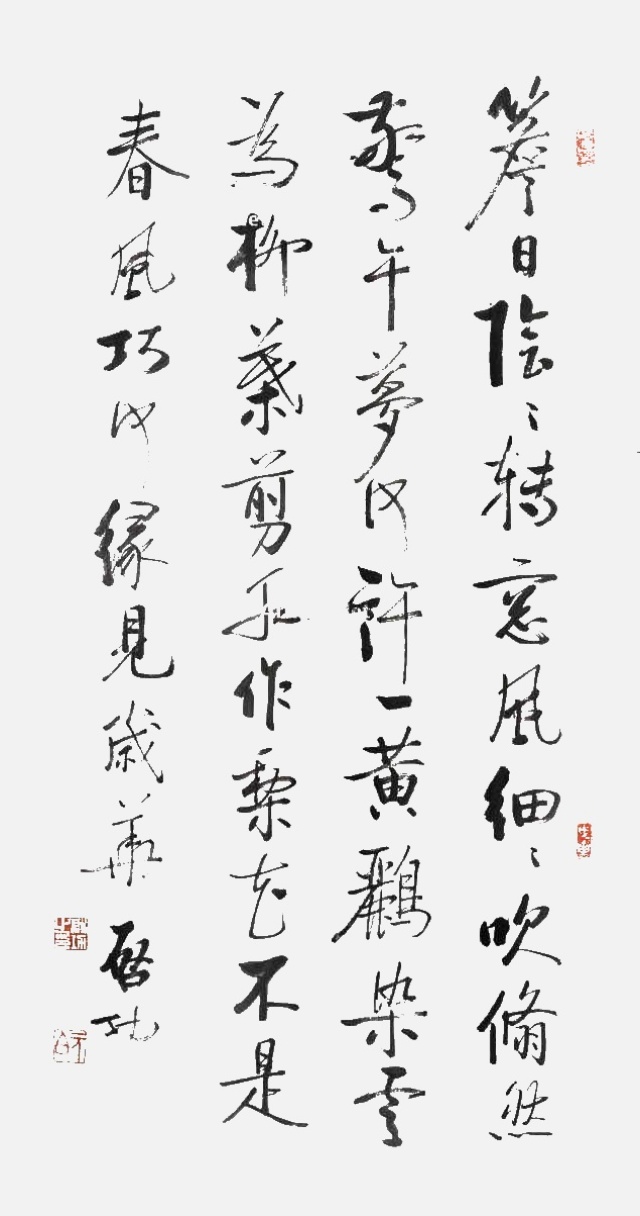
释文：檐日阴阴转，床风细细吹。翛然残午梦，何许一黄鹂。染云为柳叶，剪水作梨花。不是春风巧，何缘见岁华。